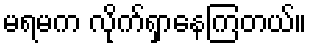
မရမက လိုက်ရှာနေကြတယ်။